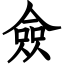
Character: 僉